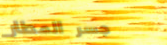
جسر المطار